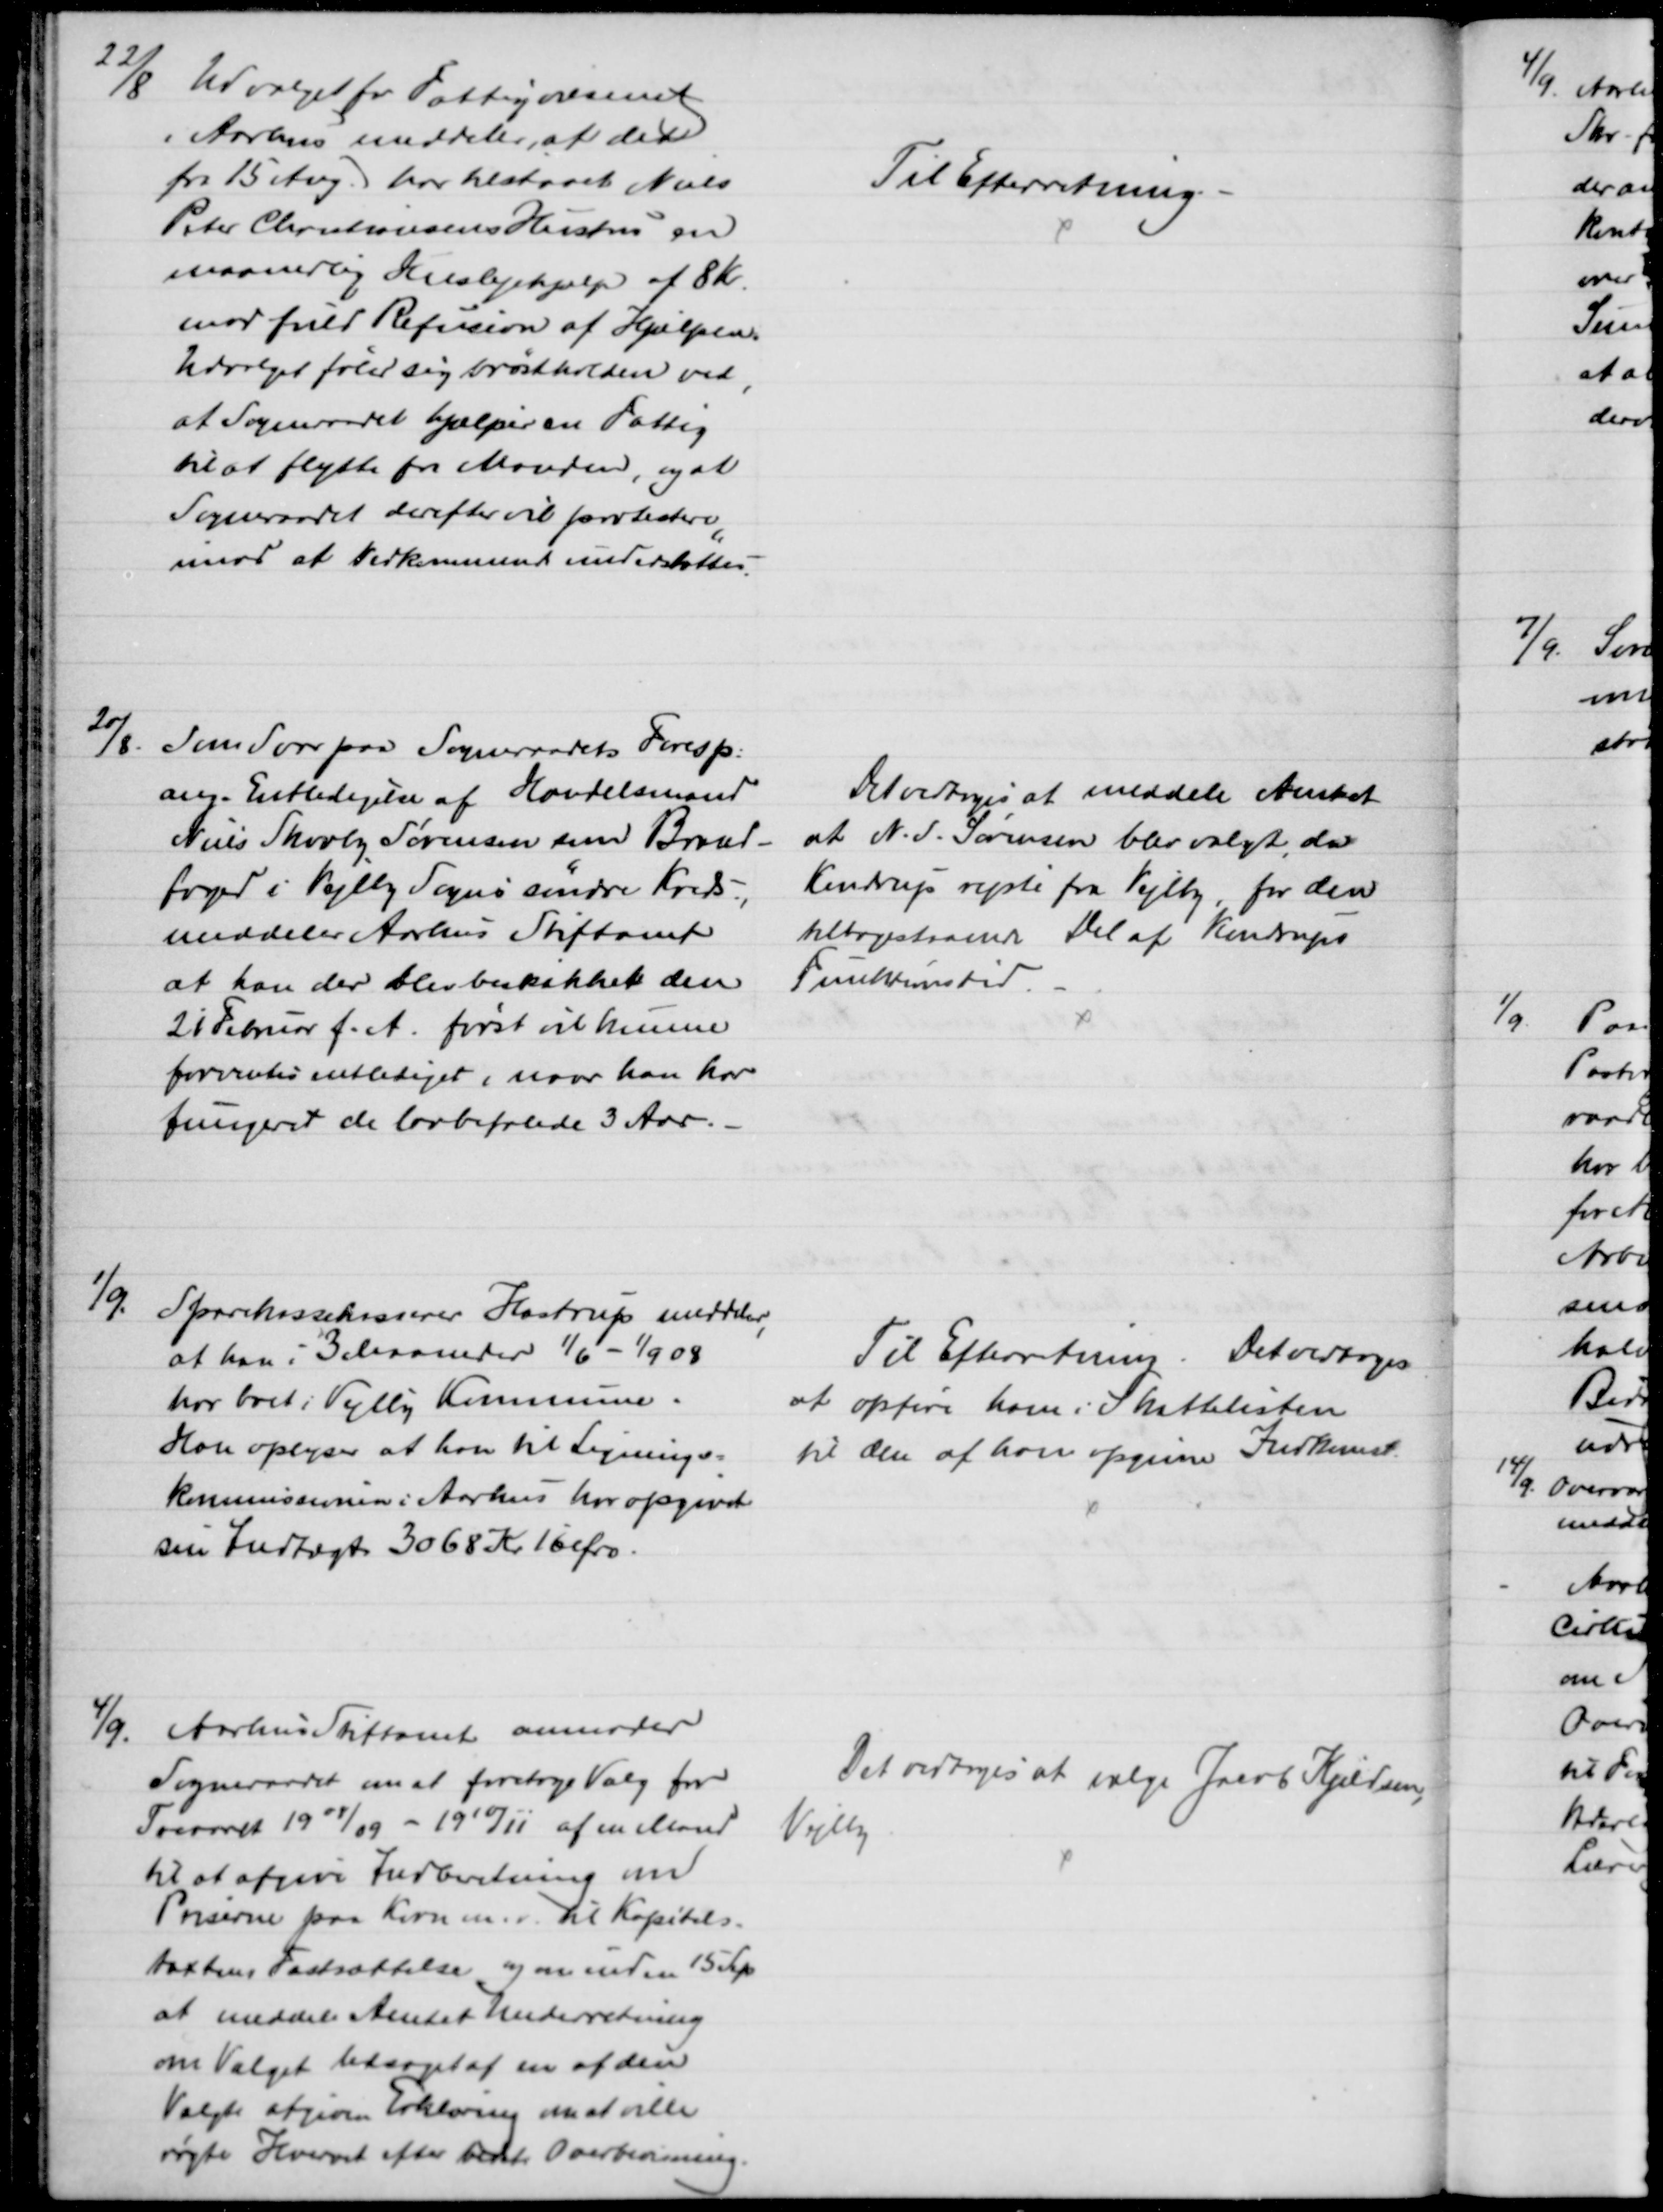
Transskription:
22/8
Udvalget for Fattigvæsenet
i Aarhus meddeler, at det
fra 1 Aug. har tilstaaet Niels
Peter Christiansens Hustru en
maanedlig Huslejehjælp af 8 Kr
mod fuld Refusion af Hjælpen.
Udvalget føler sig brøstholden ved, 
at Sogneraadet hjælper en Fattig
til at flytte fra Manden, og at
Sogneraadet derefter vil protestere
imod at Vedkommende understøttes.
Til Efterretning.
20/8
Som Svar paa Sogneraadets Foresp.
ang. Entledigelse af Handelsmand
Niels Skovby Sørensen som Brand-
foged i Vejlby Sogns søndre Kreds,
meddeler Aarhus Stiftamt
at han der blev beskikket den
21 Februar f. A. først vil kunne
forventes entlediget, naar han har
fungeret de lovbefalede 3 Aar.
Det vedtoges at meddele Amtet
at N. S. Sørensen blev valgt, da
Kendrup rejste fra Vejlby, for den
tilbagestaaende Del af Kendrups
Funktionstid
1/9.
Sparekassekasserer Hastrup meddeler
at han i 3 Maaneder 1/6 - 1/9 08
har boet i Vejlby Kommune.
Han oplyser at han til Lignings=
kommissionen i Aarhus har opgivet
sin Indtægt 3068 Kr 16 Øre.
Til Efterretning. Det vedtoges
at opføre ham i Skattelisten
til den af han opgivne Indkomst.
4/9.
Aarhus Stiftamt anmoder
Sogneraadet om at foretage Valg for
Treaaret 1908/09 - 1910/11 af en Mand
til at afgive Indberetning om
Priserne paa Korn m.v. til Kapitels-
taxtens Fastsættelse og om inden 15 Sep
at meddele Amtet Underretning
om Valget ledsaget af en af den
Valgte afgiven Erklæring om at ville 
røgte Hvervet efter bedste Overbevisning.
Det vedtoges at vælge Jacob Kjeldsen,
Vejlby